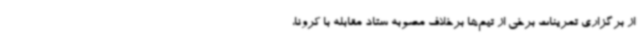
از برگزاری تمرینات برخی از تیم‌ها برخلاف مصوبه ستاد مقابله با کرونا،